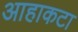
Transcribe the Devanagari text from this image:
आहाकटा